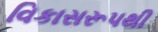
વિકાસરૂપથી